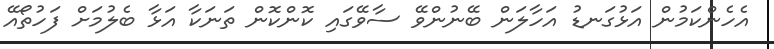
އެހެންކަމުން އަޅުގަނޑު އަހާލަން ބޭނުންވޭ ސާވޭގައި ކޮންކޮން ތަނަކާ އަޅާ ބެލުމަށް ފަހުތޯއޭ